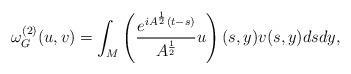
LaTeX: \begin{align*}&\omega^{(2)}_{G}(u, v)=\int_{M}\left(\frac{e^{i A^\frac{1}{2}(t-s)}}{A^{\frac{1}{2}}}u\right)(s,y)v(s,y)dsdy,\end{align*}